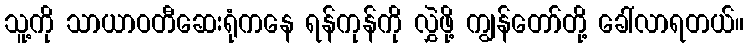
သူ့ကို သာယာဝတီဆေးရုံကနေ ရန်ကုန်ကို လွှဲဖို့ ကျွန်တော်တို့ ခေါ်လာရတယ်။